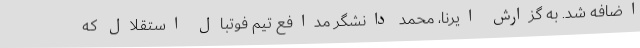
اضافه شد. به گزارش ایرنا، محمد دانشگر مدافع تیم فوتبال استقلال که